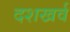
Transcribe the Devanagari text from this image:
दशखर्व